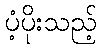
ပံ့ပိုးသည့်